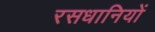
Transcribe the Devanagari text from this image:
रसधानियों